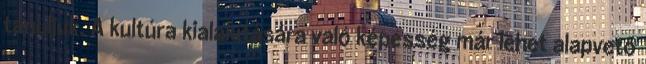
tanuljuk. A kultúra kialakítására való képesség már lehet alapvető